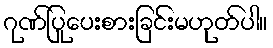
ဂုဏ်ပြုပေးစားခြင်းမဟုတ်ပါ။